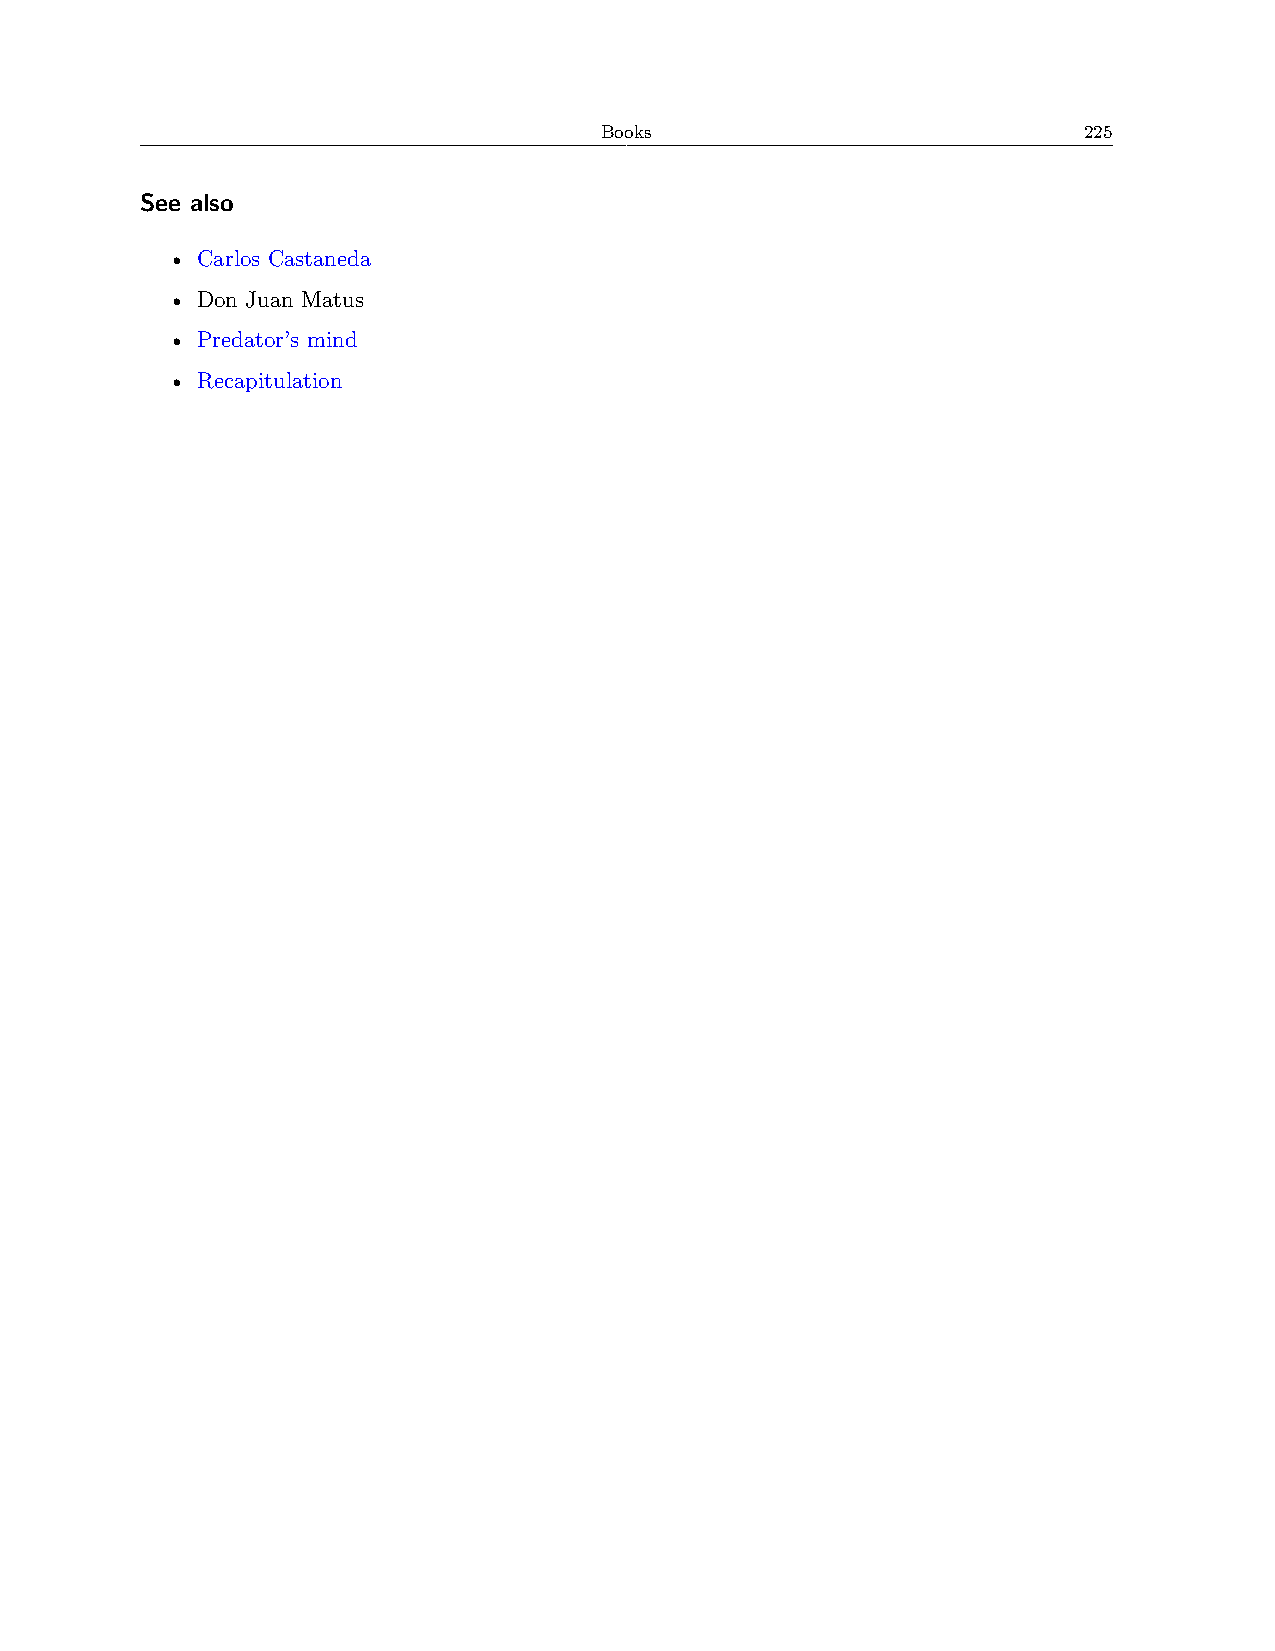
Books                           225
 See also
 • Carlos Castaneda
 • Don Juan Matus
 • Predator’s mind
 • Recapitulation